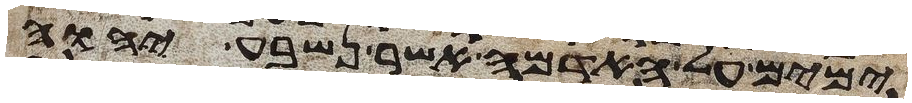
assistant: ימים על האדמה אשר נשבע יהוה